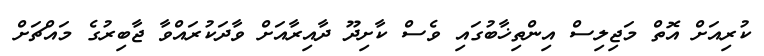
ކުރިއަށް އޮތް މަޖިލިސް އިންތިޚާބުގައި ވެސް ކާށިދޫ ދާއިރާއަށް ވާދަކުރައްވާ ޖާބިރުގެ މައްޗަށް